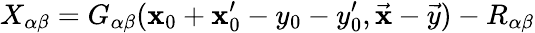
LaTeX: X_{\alpha\beta}=G_{\alpha\beta}(\mathbf{x}_{0}+\mathbf{x}_{0}^{\prime}-y_{0}-y_{0}^{\prime},\vec{{\mathbf{x}}}-\vec{{y}})-R_{\alpha\beta}